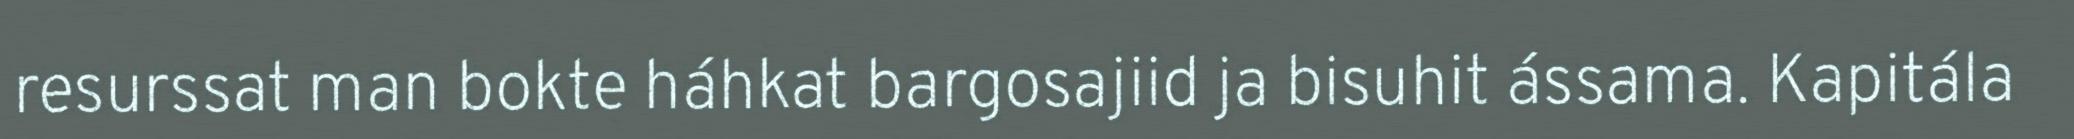
resurssat man bokte háhkat bargosajiid ja bisuhit ássama. Kapitála